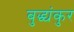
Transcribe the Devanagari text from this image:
बुद्ध्यंकुर